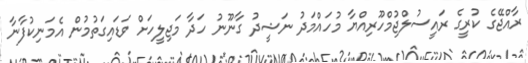
ރާއްޖޭގެ ކުރީގެ ރައީސުލްޖުމްހޫރިއްޔާ މުހައްމަދު ނަޝީދު ގާނޫނު ހަދާ މަޖިލީހަށް ވަޑައިގަތުމުން އެމަނިކުފާނާ